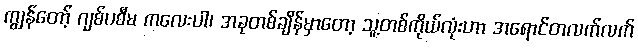
ကျွန်တော့် ဂျစ်ပစီမ ကလေးပါ၊ အခုတစ်ချိန်မှာတော့ သူ့တစ်ကိုယ်လုံးဟာ အရောင်တလက်လက်